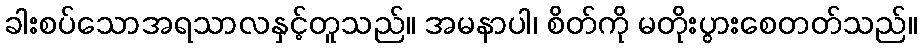
ခါးစပ်သောအရသာလနှင့်တူသည်။ အမနာပါ၊ စိတ်ကို မတိုးပွားစေတတ်သည်။